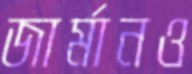
জার্মানও